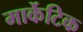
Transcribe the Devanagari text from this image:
मार्केटिक